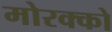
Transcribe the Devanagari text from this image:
मोरक्‍को